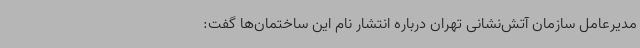
مدیرعامل سازمان آتش‌نشانی تهران درباره انتشار نام این ساختمان‌ها گفت: